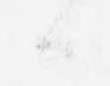
候